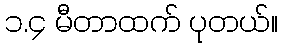
၁.၄ မီတာထက် ပုတယ်။